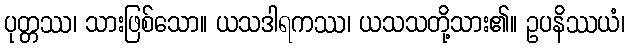
ပုတ္တဿ၊ သားဖြစ်သော။ ယသဒါရကဿ၊ ယသသတို့သား၏။ ဥပနိဿယံ၊